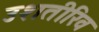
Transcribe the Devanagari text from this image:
उशतीरिव